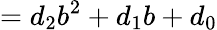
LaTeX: =d_{2}b^{2}+d_{1}b+d_{0}